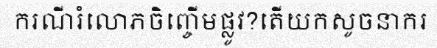
ករណីរំលោភចិញ្ចើមផ្លូវ?តើយកសូចនាករ